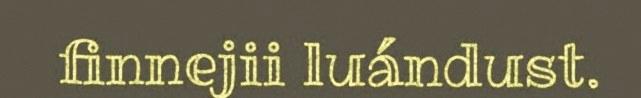
finnejii luándust.